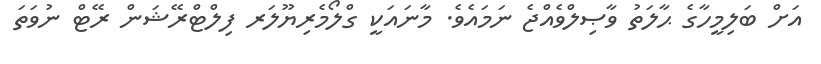
އަށް ބަލިމީހާގެ ޙާލަތު ވާޞިލްވެއްޖެ ނަމައެވެ. މާނައަކީ ގްލޯމެރިޔޫލަރ ފިލްޓްރޭޝަން ރޭޓް ނުވަތަ